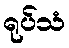
ရုပ်သံ